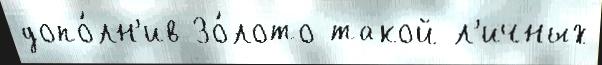
допо́лн'ив Зо́лото такой л'ичных